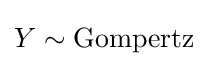
Y\sim \mathrm {Gompertz}